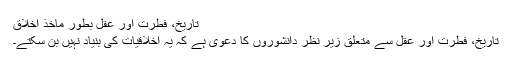
تاریخ، فطرت اور عقل بطور ماخذ اخلاق
تاریخ، فطرت اور عقل سے متعلق زیر نظر دانشوروں کا دعویٰ ہے کہ یہ اخلاقیات کی بنیاد نہیں بن سکتے۔